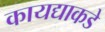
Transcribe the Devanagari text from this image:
कायद्याकडे